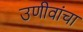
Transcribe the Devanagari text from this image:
उणीवांचा